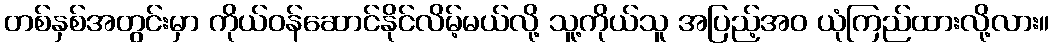
တစ်နှစ်အတွင်းမှာ ကိုယ်ဝန်ဆောင်နိုင်လိမ့်မယ်လို့ သူ့ကိုယ်သူ အပြည့်အဝ ယုံကြည်ထားလို့လား။